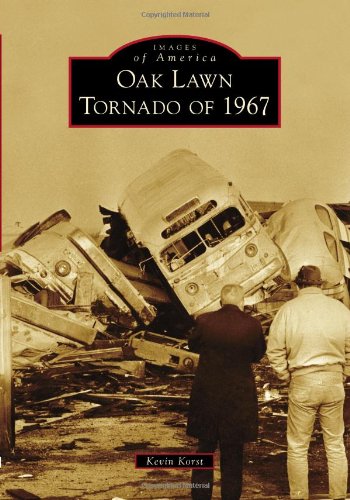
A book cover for Oak Lawn Tornado of 1967 (Images of America (Arcadia Publishing)); Kevin Korst; Science & Math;